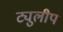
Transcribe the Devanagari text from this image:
ट्युलीप